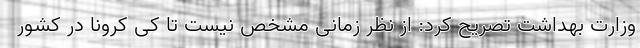
وزارت بهداشت تصریح کرد: از نظر زمانی مشخص نیست تا کی کرونا در کشور